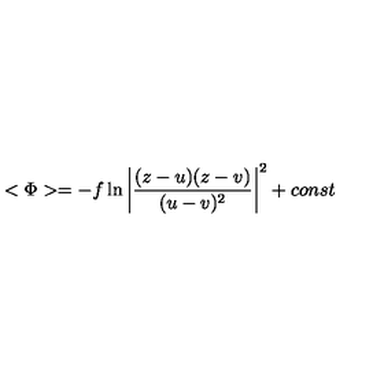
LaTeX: < \Phi > = - f \ln { \left| \frac { ( z - u ) ( z - v ) } { ( u - v ) ^ { 2 } } \right| ^ { 2 } } + c o n s t